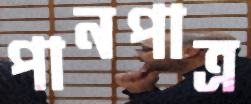
পানপাত্র